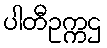
ပါတီဥက္ကဌ